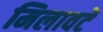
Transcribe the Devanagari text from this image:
मिलावटें